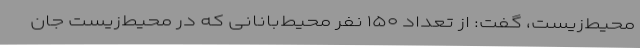
محیط‌زیست، گفت: از تعداد ۱۵۰ نفر محیط‌بانانی‌ که در محیط‌زیست جان